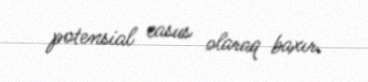
potensial casus olaraq baxır.